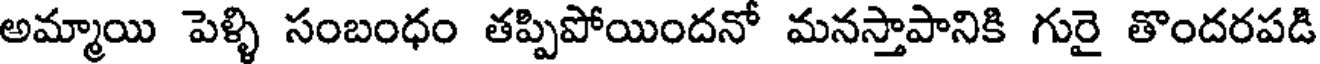
అమ్మాయి పెళ్ళి సంబంధం తప్పిపోయిందనో మనస్తాపానికి గురై తొందరపడి